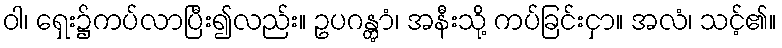
ဝါ၊ ရှေး၌ကပ်လာပြီး၍လည်း။ ဥပဂန္တွာံ၊ အနီးသို့ ကပ်ခြင်းငှာ။ အလံ၊ သင့်၏။